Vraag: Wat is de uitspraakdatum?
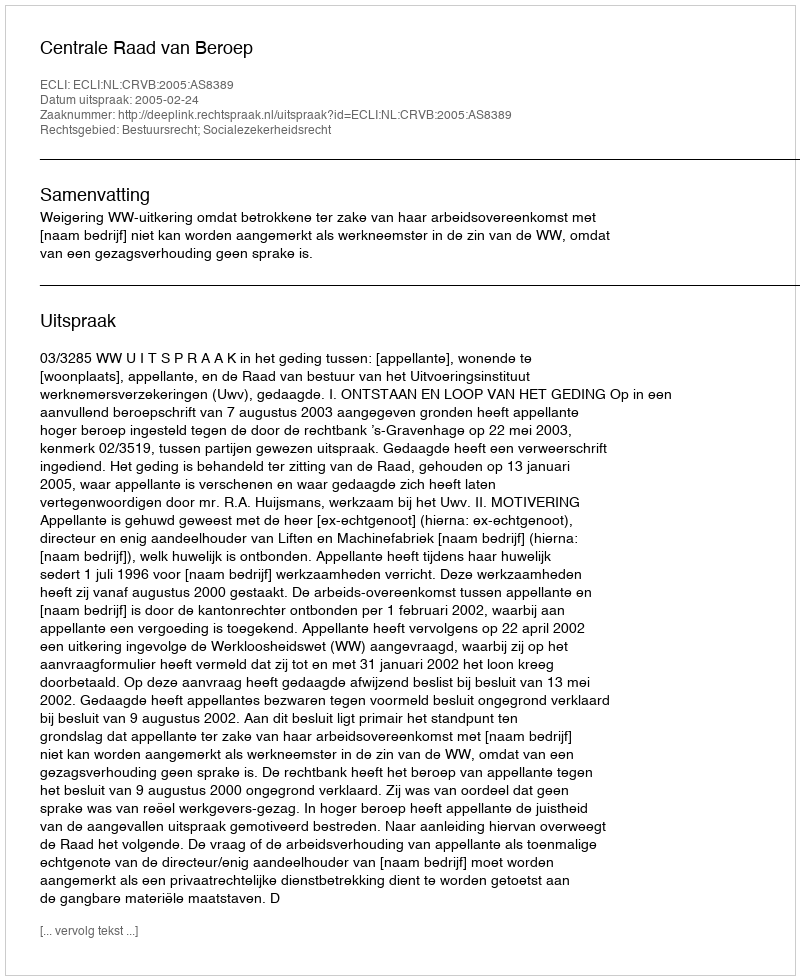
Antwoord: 2005-02-24